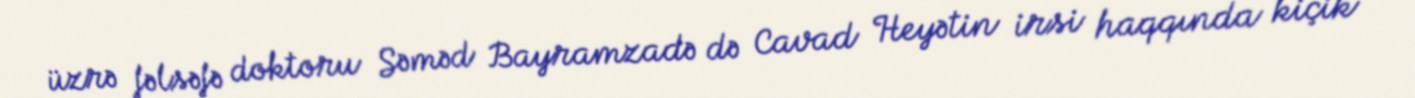
üzrə fəlsəfə doktoru Səməd Bayramzadə də Cavad Heyətin irsi haqqında kiçik